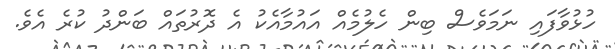
ހުޅުވާފައި ނަމަވެސް ބިން ހެލުމެއް އައުމާއެކު އެ ދޮރުތައް ބަންދު ކުރެ އެވެ.